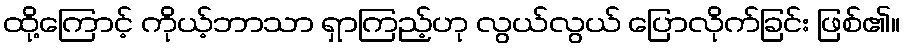
ထို့ကြောင့် ကိုယ့်ဘာသာ ရှာကြည့်ဟု လွယ်လွယ် ပြောလိုက်ခြင်း ဖြစ်၏။